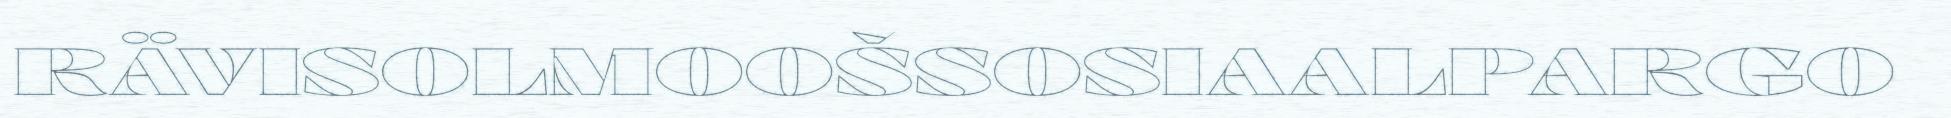
RÄVISOLMOOŠSOSIAALPARGO